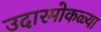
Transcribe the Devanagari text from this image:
उदारमोकळ्या